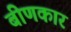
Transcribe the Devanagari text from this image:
बीणकार